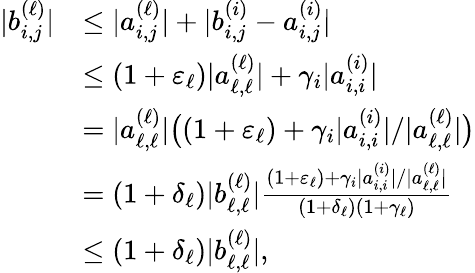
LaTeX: \begin{array}{rl}{|b_{i,j}^{(\ell)}|}&{\le|a_{i,j}^{(\ell)}|+|b_{i,j}^{(i)}-a_{i,j}^{(i)}|}\\ &{\le(1+\varepsilon_{\ell})|a_{\ell,\ell}^{(\ell)}|+\gamma_{i}|a_{i,i}^{(i)}|}\\ &{=|a_{\ell,\ell}^{(\ell)}|\big((1+\varepsilon_{\ell})+\gamma_{i}|a_{i,i}^{(i)}|/|a_{\ell,\ell}^{(\ell)}|\big)}\\ &{=(1+\delta_{\ell})|b_{\ell,\ell}^{(\ell)}|\frac{(1+\varepsilon_{\ell})+\gamma_{i}|a_{i,i}^{(i)}|/|a_{\ell,\ell}^{(\ell)}|}{(1+\delta_{\ell})(1+\gamma_{\ell})}}\\ &{\le(1+\delta_{\ell})|b_{\ell,\ell}^{(\ell)}|,}\end{array}